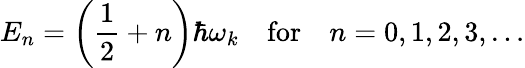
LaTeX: E_{n}=\left({\frac{1}{2}}+n\right)\hbar\omega_{k}\quad{\mathrm{for}}\quad n=0,1,2,3,\ldots